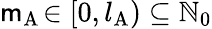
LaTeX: \mathsf{m}_{\mathrm{{A}}}\! \in[0,l_{\mathrm{{A}}})\subseteq\mathbb{{N}}_{0}